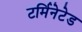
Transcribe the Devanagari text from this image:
टर्मिनेटेड